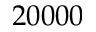
2 0 0 0 0